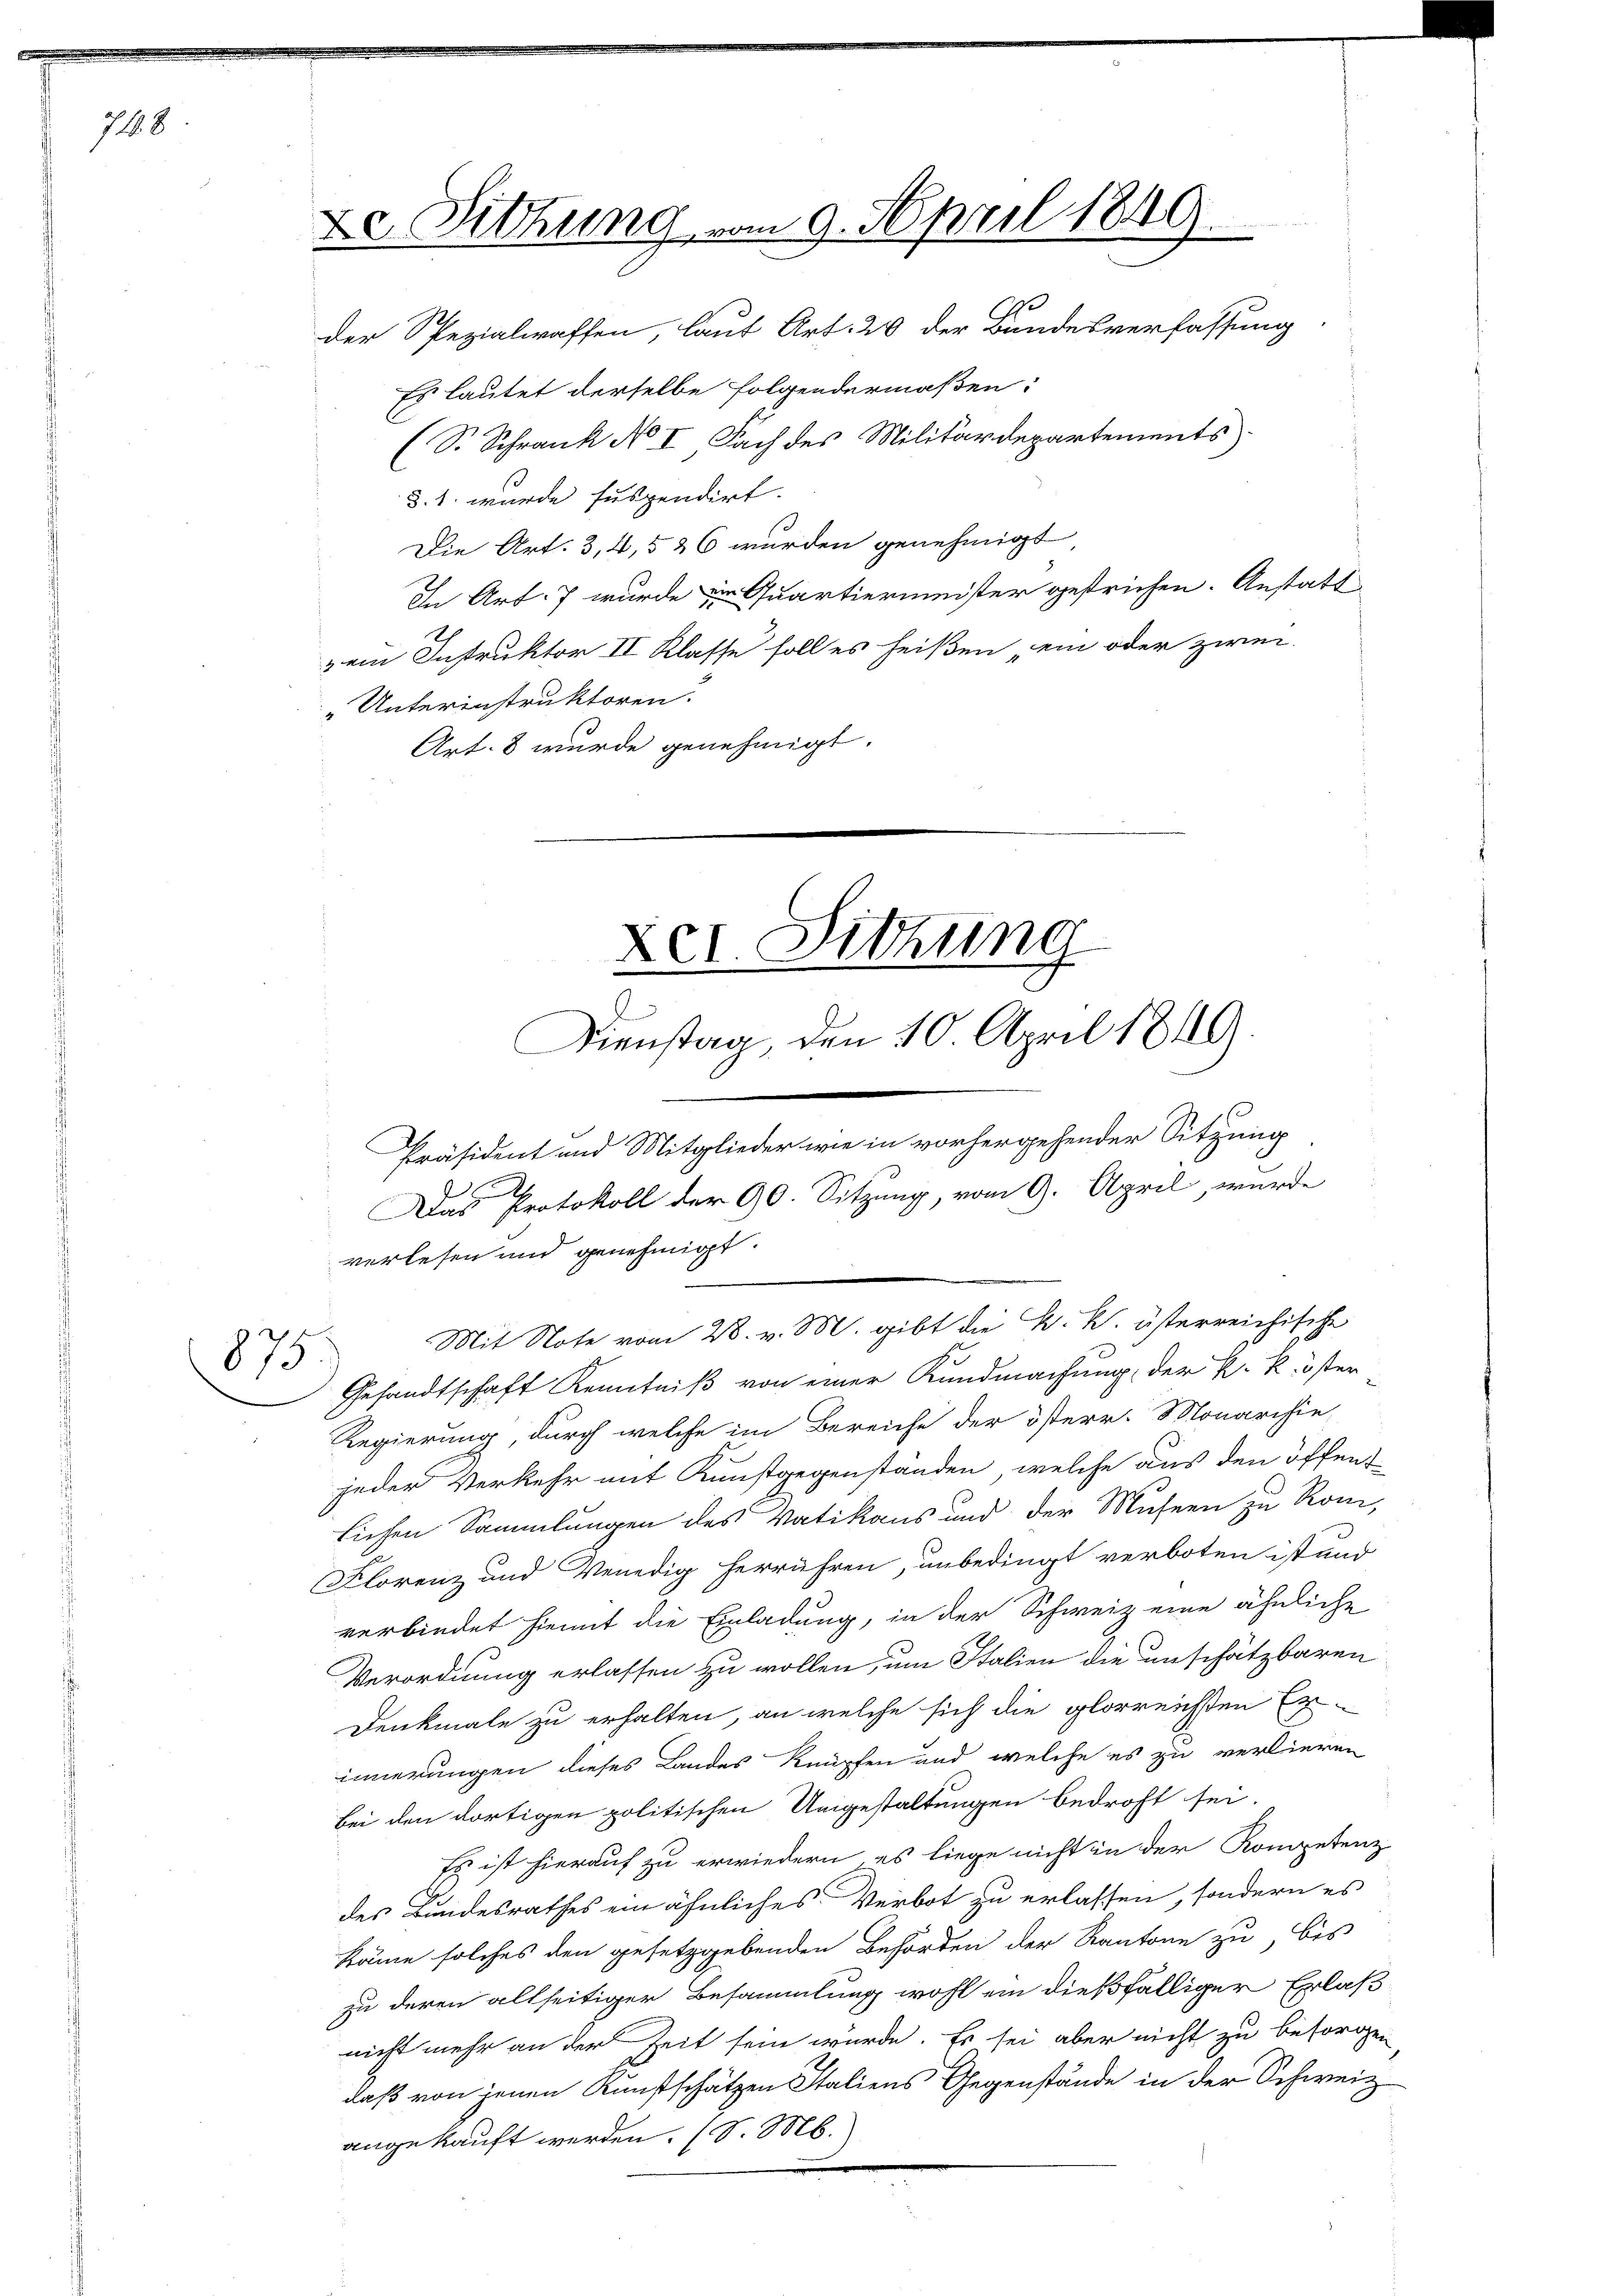
7188

875

De Sitzung vom 9. April 1849.

der Spezialwaffen, laut Art. 20 der Bundesverfassung
Es lautet derselbe folgendermaßen:
S. Schrank No I Fach des Militärdepartements
§. 1. wurde suspendirt.
Die Art. 3, 4,5 26 wurden genehmigt
In Art. 7 wurden Quartiermeister gestrichen. Anstatt
zein Instruktor II Klasse soll es heißen ein oder zwei-
„Unterinstruktoren.
Art. 8 wurde genehmigt.

zer. Sitzung
.
Dienstag, den 10. April 1849.

e
Präsident und Mitglieder wie in vorhergehender Sitzung
Das Protokoll der 90. Sitzung, vom 9. April, wurde

verlesen und genehmigt.
Gesandtschaft Kenntniß von einer Kundmachung, der k. k. öster
Regierung, durch welche im Bereiche der österr. Monarchie-
jeder Verkehr mit Kunstgegenständen, welche aus den öffent
lichen Sammlungen des Vatikans und der Museen zu Rom,
Florenz und Venedig herrühren, unbedingt verboten ist und
verbindet hiemit die Einladung, in der Schweiz eine ähnliche
Verordnung erlassen zu wollen, um Italien die unschätzbaren
Denkmale zu erhalten, an welche sich die glorreichsten Exinnerungen dieses Landes knüpfen und welche es zu verlieren
bei den dortigen politischen Umgestaltungen bedroht sei.
Es ist hierauf zu erwiedern, es liege nicht in der Kompetenz
des Bundesrathes ein ähnliches Verbot zu erlassen, sondern es
käme solches den gesetzgebenden Behörden der Kantone zu, bis
zu deren allseitiger Besammlung wohl ein dießfälliger Erlaß
nicht mehr an der Zeit sein würde. Es sei aber nicht zu besorgen
daß von jenen Kunstschätzen Italiens Gegenstände in der Schweiz
angekauft werden. (S. M.)

Mit Note vom 28. v. M. gibt die k. k. österreichische